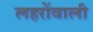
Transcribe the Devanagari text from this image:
लहरोंवाली